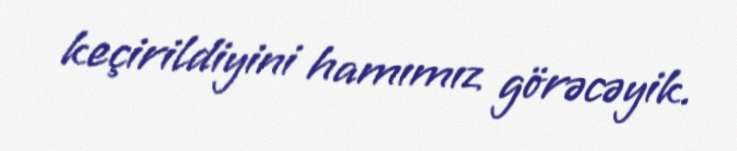
keçirildiyini hamımız görəcəyik.